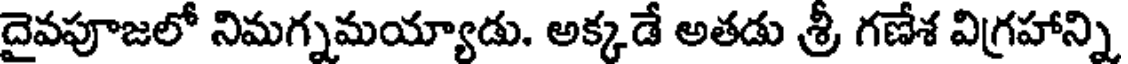
దైవపూజలో నిమగ్నమయ్యాడు. అక్కడే అతడు శ్రీ గణేశ విగ్రహాన్ని